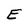
Character: E